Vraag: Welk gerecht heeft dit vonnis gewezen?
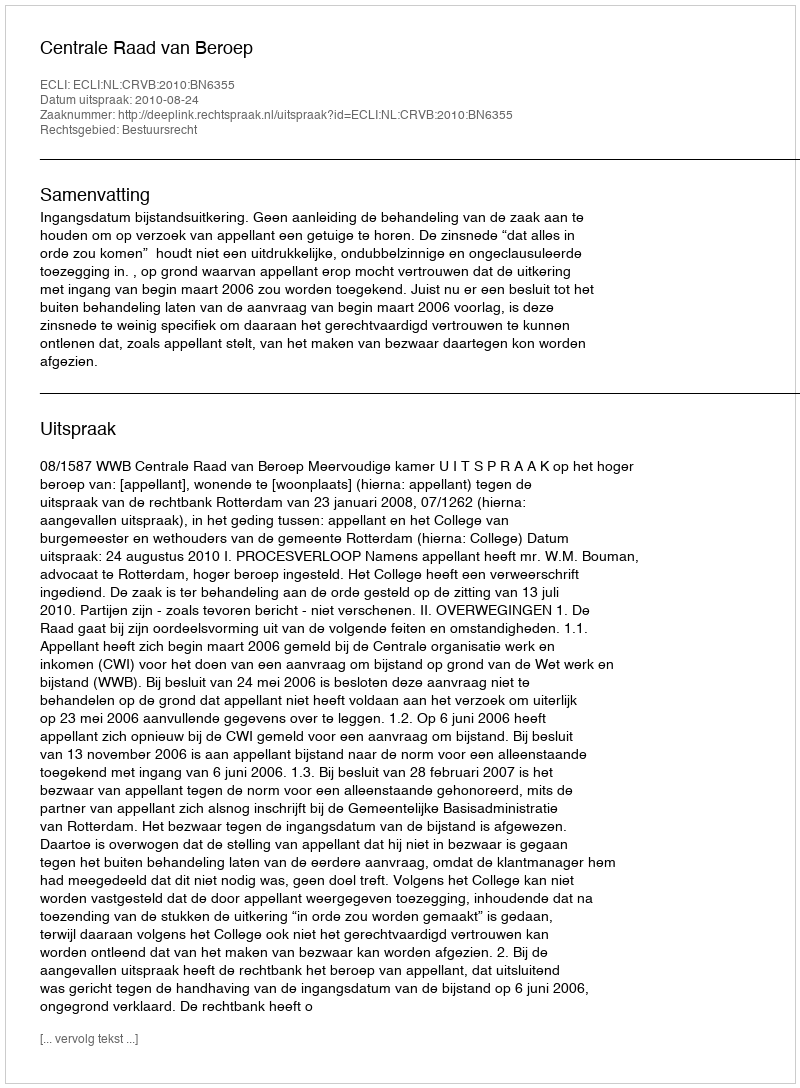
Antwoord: Centrale Raad van Beroep